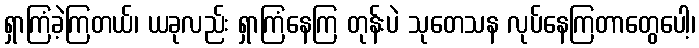
ရှာကြံခဲ့ကြတယ်၊ ယခုလည်း ရှာကြံနေကြ တုန်းပဲ သုတေသန လုပ်နေကြတာတွေပေါ့၊